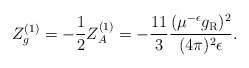
\begin{align*}Z_g^{(1)} =-\frac12Z_A^{(1)} =-\frac{11}3\frac{(\mu^{-\epsilon}g_{\rm R})^2}{(4\pi)^2\epsilon}.\end{align*}